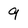
Character: 9